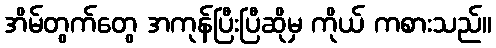
အိမ်တွက်တွေ အကုန်ပြီးပြီဆိုမှ ကိုယ် ကစားသည်။